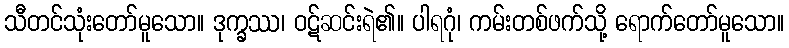
သီတင်သုံးတော်မူသော။ ဒုက္ခဿ၊ ဝဋ်ဆင်းရဲ၏။ ပါရဂုံ၊ ကမ်းတစ်ဖက်သို့ ရောက်တော်မူသော။